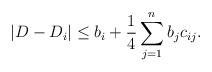
LaTeX: \begin{align*}|D-D_i| \le b_i + \frac{1}{4}\sum_{j=1}^n b_j c_{ij}. \end{align*}